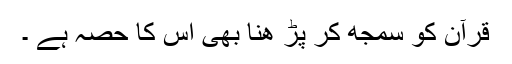
قرآن کو سمجھ کر پڑ ھنا بھی اس کا حصہ ہے ۔